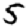
Digit: 5